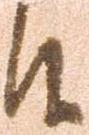
候